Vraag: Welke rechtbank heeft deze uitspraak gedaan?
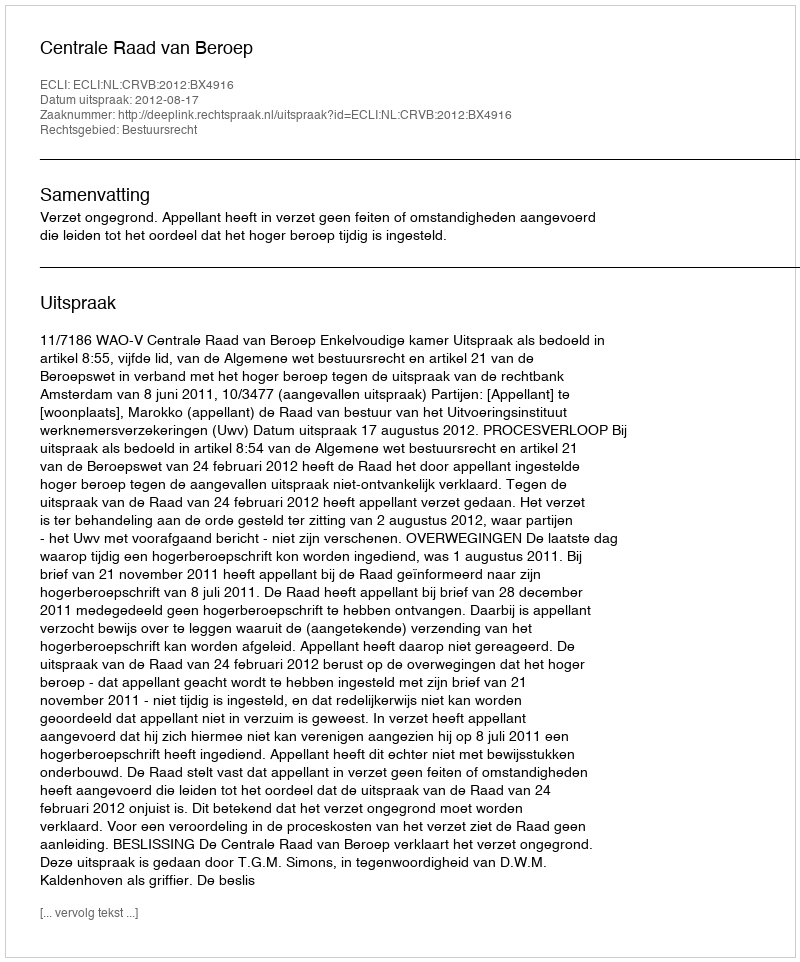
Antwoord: Centrale Raad van Beroep